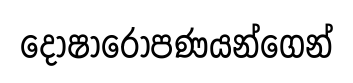
දෝෂාරෝපණයන්ගෙන්